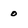
Character: o